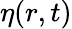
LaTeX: \eta(r,t)